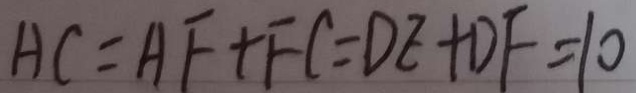
A C = A F + F C = D E + D F = 1 0